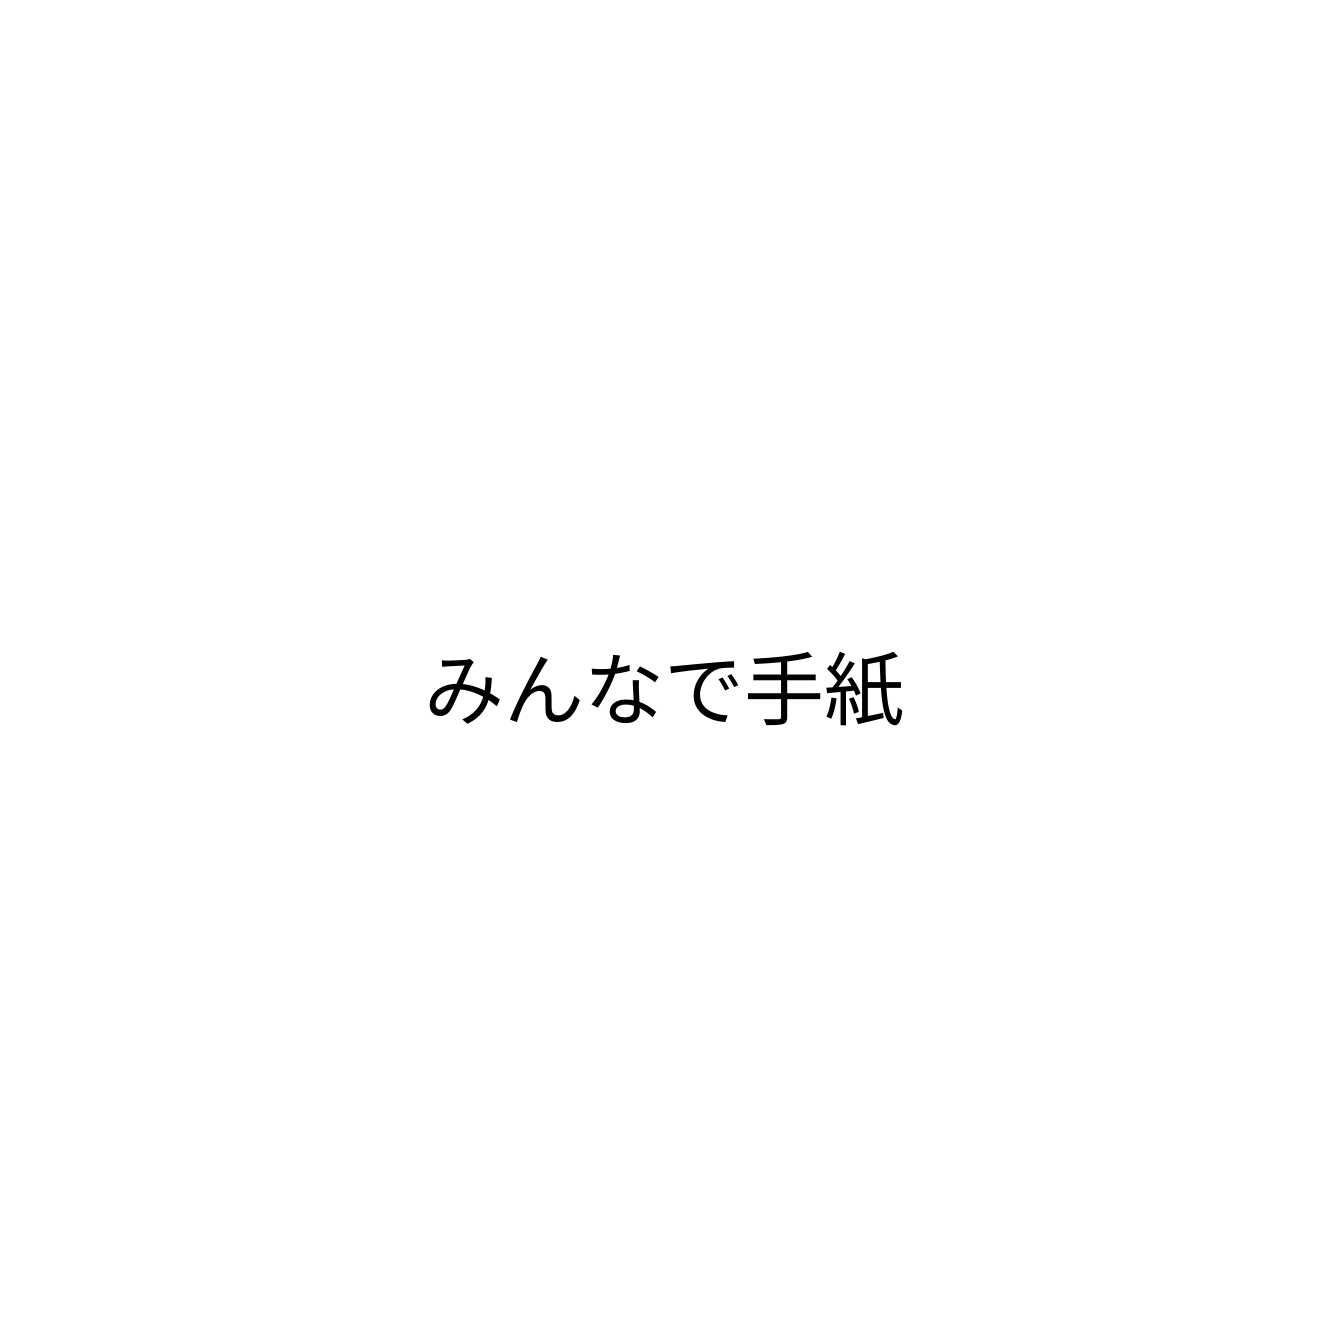
みんなで手紙